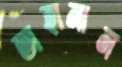
তাহানান